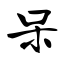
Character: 呆